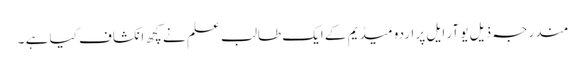
مندرجہ ذیل یو آر ایل پر اردو میڈیم کے ایک طالب علم نے کچھ انکشاف کیا ہے ۔